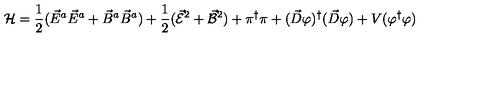
{ \cal H } = \frac { 1 } { 2 } ( \vec { E } ^ { a } \vec { E } ^ { a } + \vec { B } ^ { a } \vec { B } ^ { a } ) + \frac { 1 } { 2 } ( \vec { \cal E } ^ { 2 } + \vec { \cal B } ^ { 2 } ) + \pi ^ { \dagger } \pi + ( \vec { D } \varphi ) ^ { \dagger } ( \vec { D } \varphi ) + V ( \varphi ^ { \dagger } \varphi )